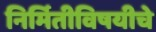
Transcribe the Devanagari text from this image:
निर्मितीविषयीचे